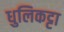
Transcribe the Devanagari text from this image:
धुलिकट्टा